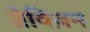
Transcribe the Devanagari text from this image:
शैविज़म